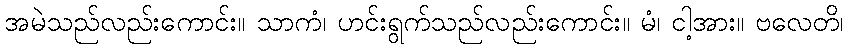
အမဲသည်လည်းကောင်း။ သာကံ၊ ဟင်းရွက်သည်လည်းကောင်း။ မံ၊ ငါ့အား။ ဗလေတိ၊